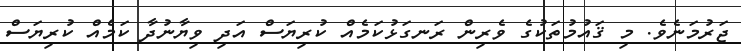
ޖަރުމަނެވެ. މި ޤައުމުތަކުގެ ވެރިން ރަނގަޅުކަމެއް ކުރިޔަސް އަދި ވިޔާނުދާ ކަމެއް ކުރިޔަސް